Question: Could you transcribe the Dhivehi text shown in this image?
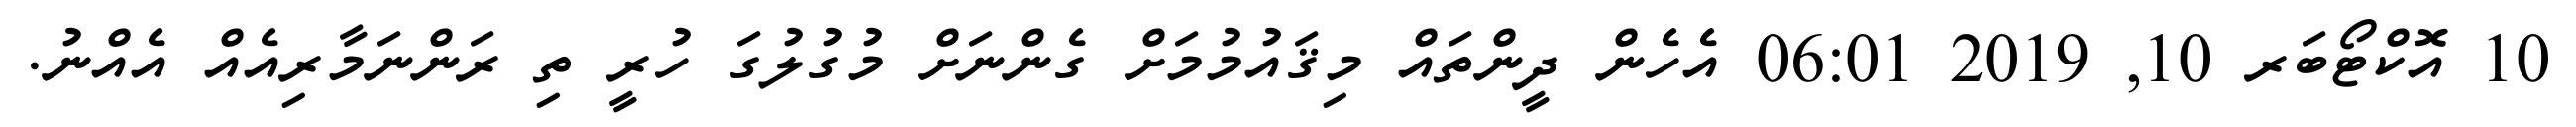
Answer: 10 އޮކްޓޯބަރ 10, 2019 06:01 އެހެން ދީންތައް މިޤައުމުމަށް ގެންނަށް މުގުލުގަ ހުރީ ތި ރަންނަމާރިއެއް އެއްނު.